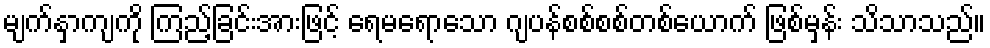
မျက်နှာကျကို ကြည့်ခြင်းအားဖြင့် ရေမရောသော ဂျပန်စစ်စစ်တစ်ယောက် ဖြစ်မှန်း သိသာသည်။